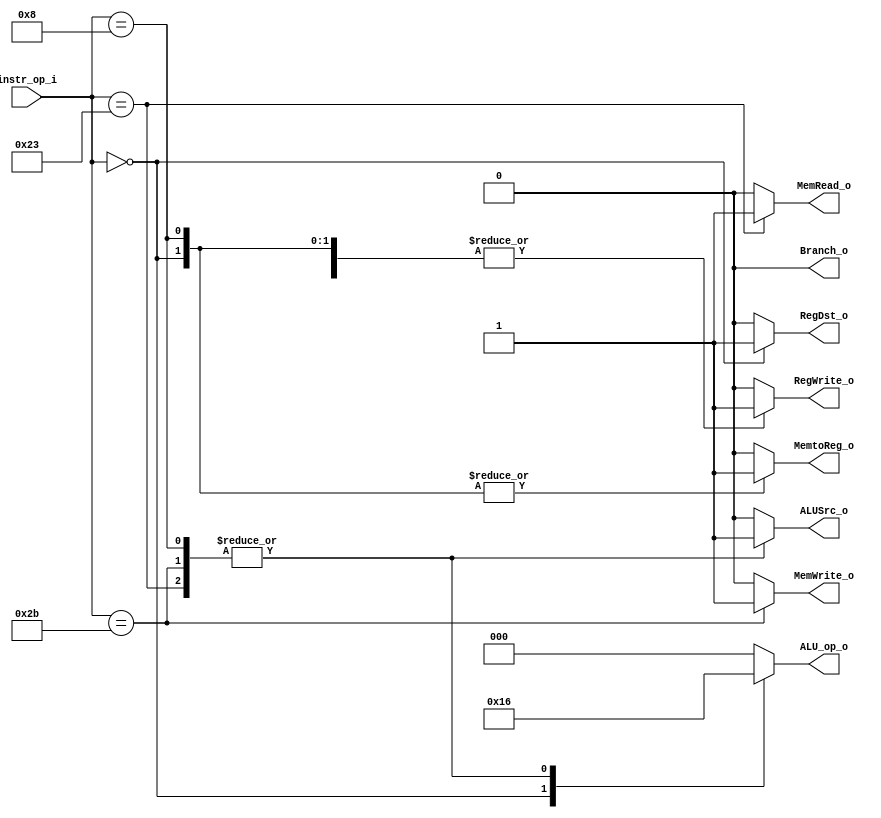
//Subject:     CO project 2 - Decoder
//--------------------------------------------------------------------------------
//Version:     1
//--------------------------------------------------------------------------------
//Writer:       0340249
//----------------------------------------------
//----------------------------------------------
//Description: 
//--------------------------------------------------------------------------------

module Decoder(
    instr_op_i,
    //instr_funct_i, // for jr
    RegDst_o,
	ALU_op_o,
	ALUSrc_o,
	Branch_o,
	MemRead_o,
	MemWrite_o,
	RegWrite_o,
	MemtoReg_o
	//isOri_o,
	//BranchType_o,
	//Jump_o,
	//ReadDataReg_o,
	//isJal_o,
	//isJr_o
	//isJJr_o
);
     
//I/O ports
input  [6-1:0] instr_op_i;
//input  [6-1:0] instr_funct_i;

output         RegWrite_o;
output [3-1:0] ALU_op_o;
output         ALUSrc_o;
output         RegDst_o;
output         Branch_o;
//output		   isOri_o;

//output [2-1:0] BranchType_o;
//output         Jump_o;
output		   MemRead_o;
output		   MemWrite_o;
output         MemtoReg_o;
//output		   ReadDataReg_o;
//output         isJal_o;
//output         isJr_o;
//output [2-1:0] isJJr_o;
 
//Internal Signals
reg    [3-1:0] ALU_op_o;
reg            ALUSrc_o;
reg            RegWrite_o;
reg            RegDst_o;
reg            Branch_o;
//reg 		   isOri_o;

//reg    [2-1:0] BranchType_o;
//reg            Jump_o;
reg   		   MemRead_o;
reg            MemWrite_o;
reg            MemtoReg_o;
//reg  		   ReadDataReg_o;
//reg            isJal_o;
//reg            isJr_o;
//reg    [2-1:0] isJJr_o;
//Parameter


//Main function
always @(instr_op_i)
begin
	//$display("%b", instr_op_i);
	//isOri_o = 0;
	//isJal_o = 0;
	//isJr_o = 0;
	//isJJr_o = 2'b00;
	case(instr_op_i)
		// R-type
		6'b000000: begin
			RegDst_o = 1;
			ALUSrc_o = 0;
			RegWrite_o = 1;
			Branch_o = 0;
			//BranchType_o = 2'b00; // don't care
			//Jump_o = 0;
			MemRead_o = 0;
			MemWrite_o = 0;
			MemtoReg_o = 1;
			//ReadDataReg_o = 1;
			ALU_op_o = 3'b010; 
			/*
			if ( instr_funct_i == 6'b001000 ) begin
				//isJr_o = 1;;
				isJJr_o = 2'b01;
			end
			*/
		end
		// addi
		6'b001000: begin
			RegDst_o = 0;
			ALUSrc_o = 1;
			RegWrite_o = 1;
			Branch_o = 0;
			//BranchType_o = 2'b00; // don't care
			//Jump_o = 0;
			MemRead_o = 0;
			MemWrite_o = 0;
			MemtoReg_o = 1;
			//ReadDataReg_o = 1;
			ALU_op_o = 3'b110;
		end
		/*
		// slti
		6'b001010: begin
			RegDst_o = 0;
			ALUSrc_o = 1;
			RegWrite_o = 1;
			Branch_o = 0;
			BranchType_o = 2'b00; // don't care
			//Jump_o = 0;
			MemRead_o = 0;
			MemWrite_o = 0;
			MemtoReg_o = 2'b00; // don't care
			ReadDataReg_o = 1;
			ALU_op_o = 3'b011;
		end
		// beq
		6'b000100: begin
			RegDst_o = 0; // don't care
			ALUSrc_o = 0;
			RegWrite_o = 0;
			Branch_o = 1;
			BranchType_o = 2'b00;
			//Jump_o = 0;
			MemRead_o = 0;
			MemWrite_o = 0;
			MemtoReg_o = 2'b00; // don't care
			ReadDataReg_o = 1;
			ALU_op_o = 3'b001;
		end
		// lui
		6'b001111: begin
			RegDst_o = 0;
			ALUSrc_o = 1;
			RegWrite_o = 1;
			Branch_o = 0;
			BranchType_o = 2'b00; // don't care
			//Jump_o = 0;
			MemRead_o = 0;
			MemWrite_o = 0;
			MemtoReg_o = 2'b00; // don't care
			ReadDataReg_o = 1;
			ALU_op_o = 3'b100;
		end
		// ori
		6'b001101: begin
			RegDst_o = 0;
			ALUSrc_o = 1;
			RegWrite_o = 1;
			Branch_o = 0;
			BranchType_o = 2'b00; // don't care
			//Jump_o = 0;
			MemRead_o = 0;
			MemWrite_o = 0;
			MemtoReg_o = 2'b00; // don't care
			ReadDataReg_o = 1;
			ALU_op_o = 3'b111;
			isOri_o = 1;
		end
		// bne
		6'b000101: begin
			RegDst_o = 0; // don't care
			ALUSrc_o = 0;
			RegWrite_o = 0;
			Branch_o = 1;
			BranchType_o = 2'b11;
			//Jump_o = 0;
			MemRead_o = 0;
			MemWrite_o = 0;
			MemtoReg_o = 2'b00; // don't care
			ReadDataReg_o = 1;
			ALU_op_o = 3'b001;
		end
		*/

		// lw
		6'b100011: begin
			RegDst_o = 0;
			ALUSrc_o = 1;
			RegWrite_o = 1;
			Branch_o = 0;
			//BranchType_o = 2'b00; // don't care
			//Jump_o = 0;
			MemRead_o = 1;
			MemWrite_o = 0;
			MemtoReg_o = 0;
			//ReadDataReg_o = 1;
			ALU_op_o = 3'b110;
		end
		// sw
		6'b101011: begin
			RegDst_o = 0;
			ALUSrc_o = 1;
			RegWrite_o = 0;
			Branch_o = 0;
			//BranchType_o = 2'b00; // don't care
			//Jump_o = 0;
			MemRead_o = 0;
			MemWrite_o = 1;
			MemtoReg_o = 0; // don't care
			//ReadDataReg_o = 1;
			ALU_op_o = 3'b110;
		end
		/*
		// jump
		6'b000010: begin
			RegDst_o = 0; // don't care
			ALUSrc_o = 0; // don't care
			RegWrite_o = 0; // don't care
			Branch_o = 0; // don't care
			BranchType_o = 2'b00; // don't care
			//Jump_o = 1;
			MemRead_o = 0; // don't care
			MemWrite_o = 0; // don't care
			MemtoReg_o = 2'b00; // don't care
			ReadDataReg_o = 1; // don't care
			ALU_op_o = 3'b010; // don't care
			isJJr_o = 2'b10;
		end
		// bgt
		6'b000111: begin
			RegDst_o = 0; // don't care
			ALUSrc_o = 0;
			RegWrite_o = 0;
			Branch_o = 1;
			BranchType_o = 2'b01;
			//Jump_o = 0;
			MemRead_o = 0;
			MemWrite_o = 0;
			MemtoReg_o = 2'b00; // don't care
			ReadDataReg_o = 1;
			ALU_op_o = 3'b001;
		end
		// bgez
		6'b000001: begin
			RegDst_o = 0; // don't care
			ALUSrc_o = 0;
			RegWrite_o = 0;
			Branch_o = 1;
			BranchType_o = 2'b10;
			//Jump_o = 0;
			MemRead_o = 0;
			MemWrite_o = 0;
			MemtoReg_o = 2'b00; // don't care
			ReadDataReg_o = 0; 
			ALU_op_o = 3'b101;
		end
		// jal
		6'b000011: begin
			RegDst_o = 0; // don't care
			ALUSrc_o = 0; // don't care
			RegWrite_o = 1;
			Branch_o = 0; // don't care
			BranchType_o = 2'b00; // don't care
			//Jump_o = 1;
			MemRead_o = 0; // don't care
			MemWrite_o = 0; // don't care
			MemtoReg_o = 2'b11;
			ReadDataReg_o = 1; // don't care
			ALU_op_o = 3'b010; // don't care
			isJal_o = 1;
			isJJr_o = 2'b10;
		end
		*/
		// default
		default: begin
			RegDst_o = 1'b0;
			ALUSrc_o = 1'b0;
			Branch_o = 1'b0;
			MemRead_o = 1'b0;
			MemWrite_o = 1'b0;
			RegWrite_o = 1'b0;
			MemtoReg_o = 1'b0;
			ALU_op_o = 3'b000;
		end
	endcase

end

endmodule